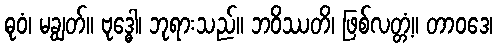
ဓုဝံ၊ မချွတ်။ ဗုဒ္ဓေါ၊ ဘုရားသည်။ ဘဝိဿတိ၊ ဖြစ်လတ္တံ့။ တာဝဒေ၊